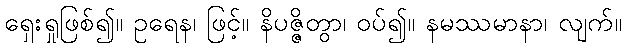
ရှေးရှုဖြစ်၍။ ဥရေန၊ ဖြင့်။ နိပဇ္ဇိတွာ၊ ဝပ်၍။ နမဿမာနာ၊ လျက်။